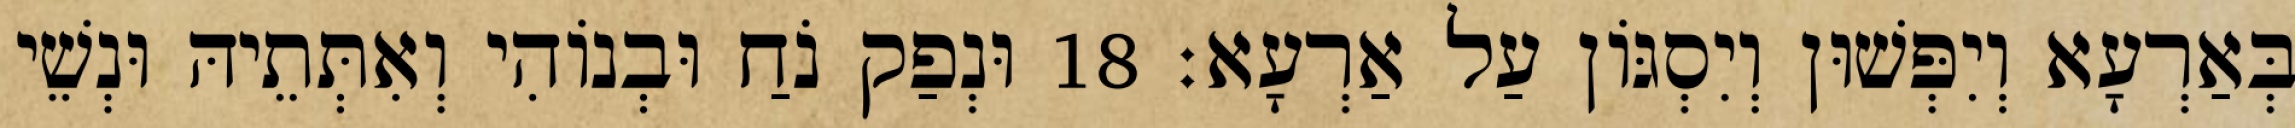
בְּאַרְעָא וְיִפְּשׁוּן וְיִסְגּוֹן עַל אַרְעָא׃ 18 וּנְפַק נֹחַ וּבְנוֹהִי וְאִתְּתֵיהּ וּנְשֵׁי